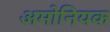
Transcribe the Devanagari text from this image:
अमोनियक